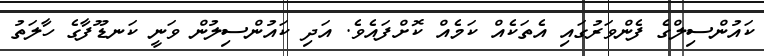
ކައުންސިލްގެ ފެންވަރުގައި އެތަކެއް ކަމެއް ކޮށްފައެވެ. އަދި ކައުންސިލުން ވަނީ ކަނޑޫފާގެ ހާލަތު